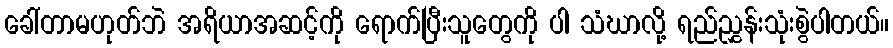
ခေါ်တာမဟုတ်ဘဲ အရိယာအဆင့်ကို ရောက်ပြီးသူတွေကို ပါ သံဃာလို့ ရည်ညွှန်းသုံးစွဲပါတယ်။